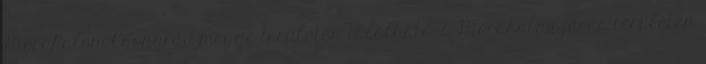
Mórahalom Csongrád megye területén található, a Mórahalmi járás területén